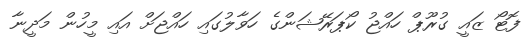
ފޮޓޯ ޒައީ ގުރޫޕް ހައްޖު ކޯޕަރޭޝަންގެ ހަވާލުގައި ހައްޖަށް އައި މީހުން މަދީނާ